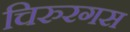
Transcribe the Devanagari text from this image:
चिरुरगस